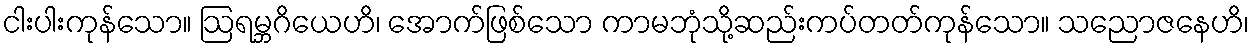
ငါးပါးကုန်သော။ ဩရမ္ဘဂိယေဟိ၊ အောက်ဖြစ်သော ကာမဘုံသို့ဆည်းကပ်တတ်ကုန်သော။ သညောဇနေဟိ၊